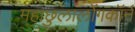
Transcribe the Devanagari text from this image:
महाछुलालोंगकॉर्न